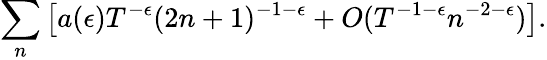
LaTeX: \sum_{n}\left[a(\epsilon)T^{-\epsilon}(2n+1)^{-1-\epsilon}+O(T^{-1-\epsilon}n^{-2-\epsilon})\right].